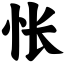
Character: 怅